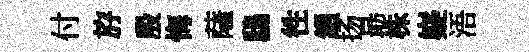
付斿殷悔薩鴟徃鎻扬朂株嶷浯